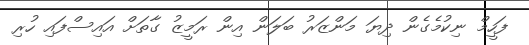
ފަހީމް ނިކުމެެގެން ދިޔަ މަންޒަރު ބަލަން އިން ރަމީޒު ގާތަށް އައިސްފައި ހުރި